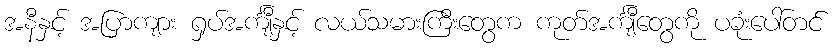
အနီနှင့် အပြာကျား ရှပ်အင်္ကျီနှင့် လယ်သမားကြီးတွေက ကုတ်အင်္ကျီတွေကို ပခုံးပေါ်တင်